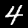
Label: 4